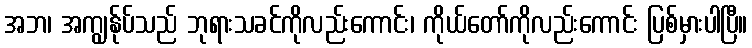
အဘ၊ အကျွန်ုပ်သည် ဘုရားသခင်ကိုလည်းကောင်း၊ ကိုယ်တော်ကိုလည်းကောင်း ပြစ်မှားပါပြီ။